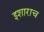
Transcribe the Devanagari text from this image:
इशाराच